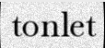
tonlet